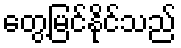
တွေ့မြင်နိုင်သည်